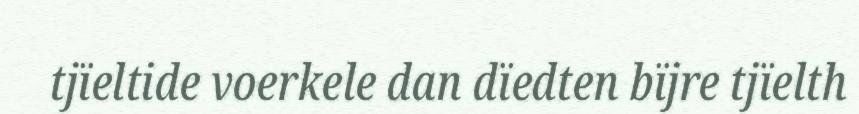
tjïeltide voerkele dan dïedten bïjre tjïelth